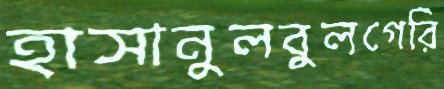
হাসানুলবুলগেরি